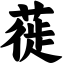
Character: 蓰